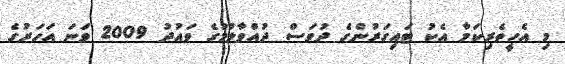
މި އެހީތެރިކަމާ އެކު ޓައިގަރުންގެ ދުވަސް ދުއްވާލުމުގެ ވައުދު 2009 ވަނަ އަހަރުގެ